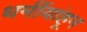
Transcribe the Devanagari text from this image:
धर्मीयांहून